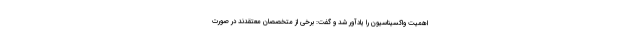
اهمیت واکسیناسیون را یادآور شد و گفت: برخی از متخصصان معتقدند در صورت